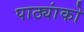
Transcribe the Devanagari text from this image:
पाठ्यांको